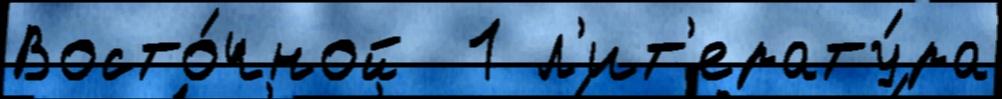
Восто́чной  1 л'ит'ерату́ра